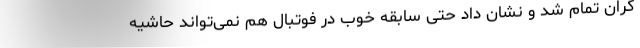
گران تمام شد و نشان داد حتی سابقه خوب در فوتبال هم نمی‌تواند حاشیه